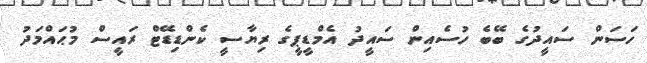
ހަސަން ސައީދުގެ ބޭބެ ހުސެއިން ސައީދު އެމްޑީޕީގެ ރިޔާސީ ކެންޑިޑޭޓް ރައީސް މުޙައްމަދު